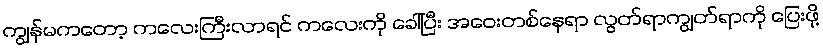
ကျွန်မကတော့ ကလေးကြီးလာရင် ကလေးကို ခေါ်ပြီး အဝေးတစ်နေရာ လွတ်ရာကျွတ်ရာကို ပြေးဖို့